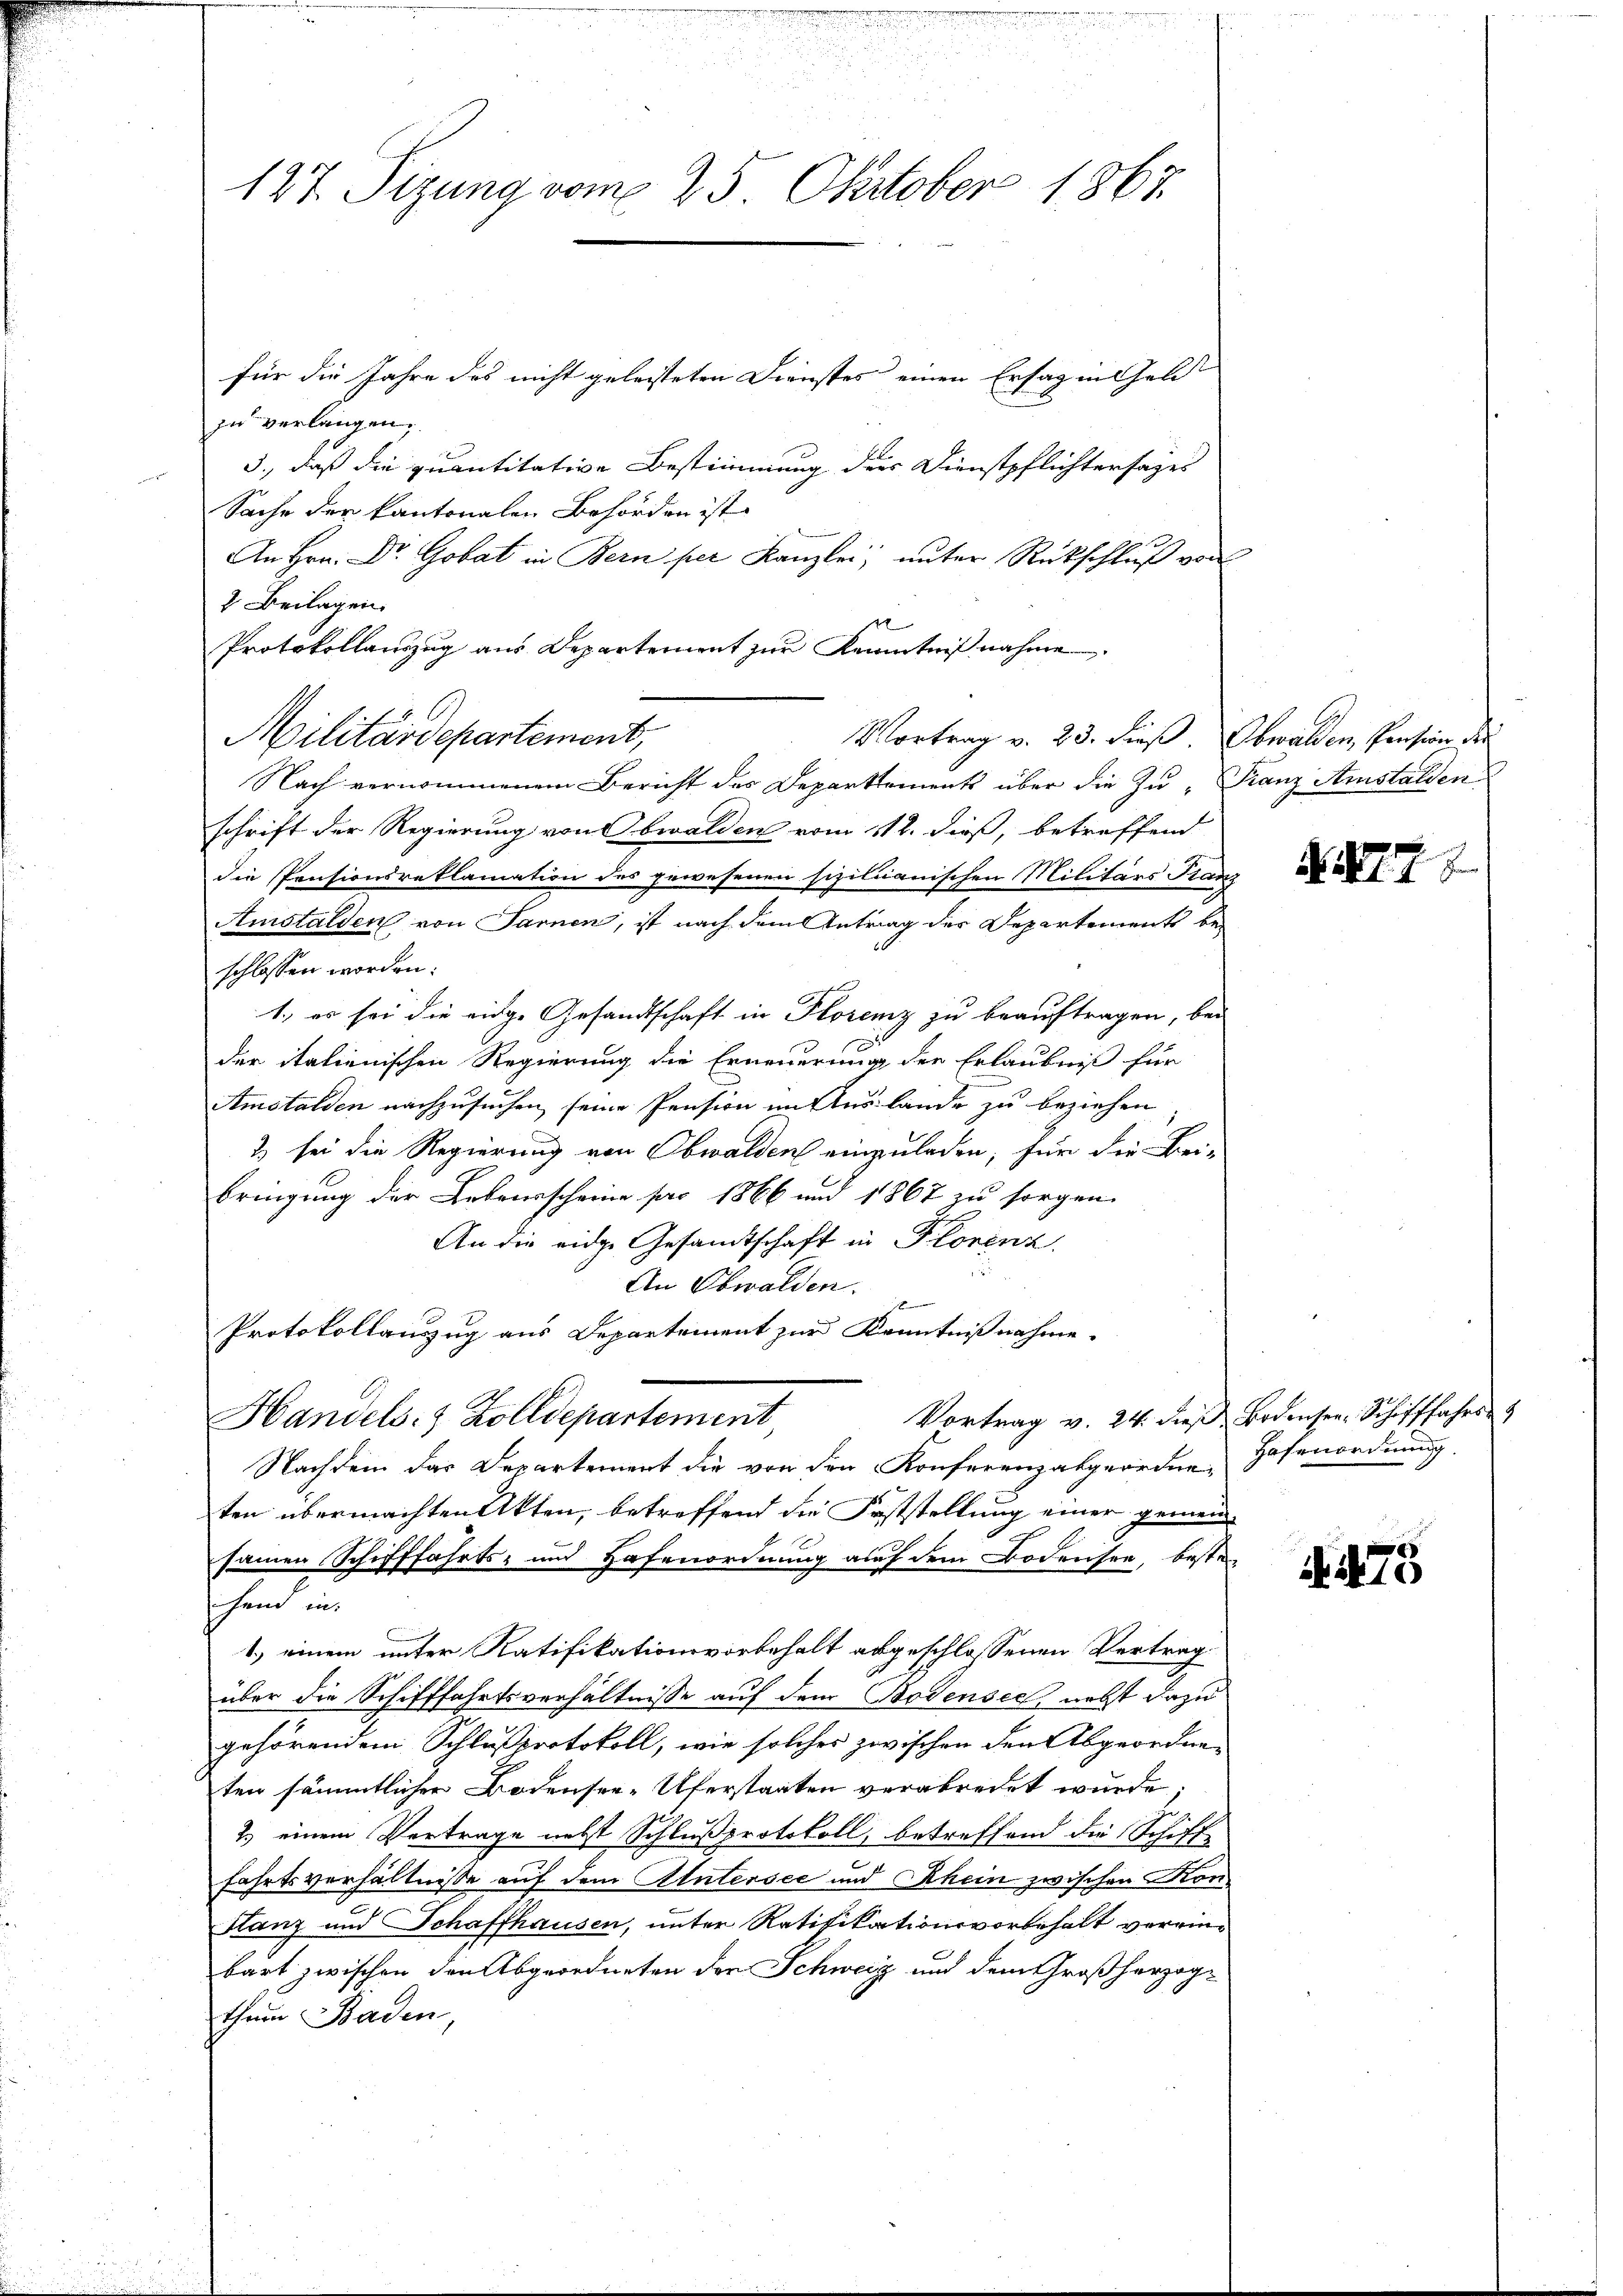
u
n
127. Sizung vom 25. Oktober 1867.

für die Jahre des nicht geleisteten Dienstes einen Ersag in Geldzu verlangen,
3., daß die quantitative Bestimmung der Dienstpflichtersages
Sache der kantonalen Behörden ist |
An Hrn. Dr. Gobat in Bern per Kanzlei, unter Rückschluß von
2 Beilagen.
n
Protokollauszug aus Departement zur Kenntniß nahme
Militärdepartement,
Vortrag v. 23. dieß. Obwalden, Pension der
Nach vernommenem Bericht des Departements über die zu Franz Anstalden
schrift der Regierung von Obwalden vom 11t. dieß, betreffend
die Pensionsreklamation des gewesenen sizilianischen Militärs Franz
Amstalden von Sarnen, ist nach dem Antrag der Departements beschlossen worden.
1., es sei die eidge Gesandtschaft in Florenz zu beauftragen, bei
der italienischen Regierung die Erneuerung der Erlaubniß für
Amstalden nachzusuchen seine Pension im Auslande zu beziehen
2) sei die Regierung von Obwalden einzuladen, für die Bei-
bringung der Lebensscheine pro 1866 und 1867 zu sorgen.
An die eidge Gesandtschaft in Florenz,

An Obwalden.
Protokollauszug aus Departement zur Kenntnißnahme.
Vortrag v. 24. dieß Bodenser Schifffahrs
Handels- & Zolldepartement,
Nachdem das Departement die von den Konferenzabgeordneten übermachten Akten, betreffend die Feststellung einer gemein-
sammen Schifffahrts- und Hafenordnung auf dem Bodensee, beste
hand in
1.) einem unter Ratifikationsvorbehalt abgeschlossenen Vertrag
über die Schifffahrtsverhältnisse auf dem Bodensee, nebst dazu
gehörendem Schlussprotokoll, wie solches zwischen den Abgeordneten sämmtlicher Bodensee-Uferstaaten verabredet wurde;
2.) einem Vertrage nebst Schlußprotokoll, betreffend die Schiff-
Fahrtsverhältnisse auf dem Untersee und Rhein zwischen Kon¬
Hanz und Schaffhausen, unter Ratifikationsvorbehalt vereinbart zwischen den Abgeordneten der Schweiz und dem Großherzogthum Baden,

s

N. 7

Hasenordnung.

. 475